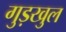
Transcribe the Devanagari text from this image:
गुड़खुल